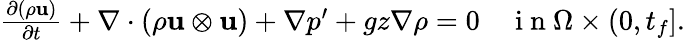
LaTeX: \begin{array}{r}{\frac{\partial(\rho\mathbf u)}{\partial t}+\nabla\cdot(\rho\mathbf u\otimes\mathbf u)+\nabla p^{\prime}+gz\nabla\rho=0\quad\mathrm{~i~n~}\Omega\times(0,t_{f}].}\end{array}